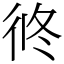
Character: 㣠